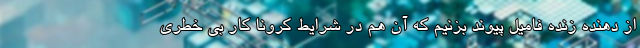
از دهنده زنده فامیل پیوند بزنیم که آن هم در شرایط کرونا کار بی خطری